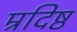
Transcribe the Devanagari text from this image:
म्रदिष्ठ